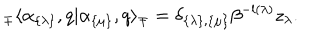
_ \mp \langle \alpha _ { \{ \lambda \} } , q | \alpha _ { \{ \mu \} } , q \rangle _ { \mp } = \delta _ { \{ \lambda \} , \{ \mu \} } \beta ^ { - l ( \lambda ) } z _ { \lambda } .